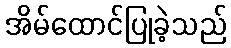
အိမ်ထောင်ပြုခဲ့သည်